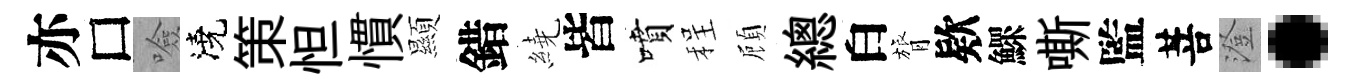
亦□噞澆策怛慣顯錯繞皆噴程頋總白膂欵鰥嘶監菩澄·